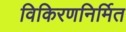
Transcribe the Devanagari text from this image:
विकिरणनिर्मित